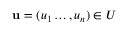
\mathbf { u } = ( u _ { 1 } \ldots , u _ { n } ) \in U